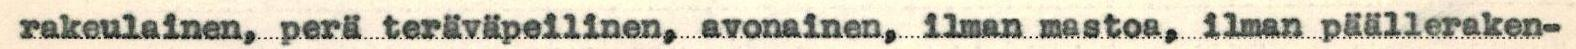
rakeulainen, perä teräväpeilinen, avonainen, ilman mastoa, ilman päälleraken-